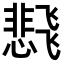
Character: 𬲊